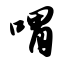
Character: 喟